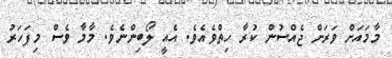
މާމައަށް ވަރަށް ޖެއްސުން ކުރާ ހިތްވެއެވެ. އެއީ ލޯބިންނެވެ. މާމާ ވެސް މިފަހަރު